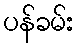
ပန်ခမ်း